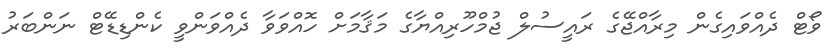
ވޯޓް ދެއްވައިގެން މިރާއްޖޭގެ ރައީސުލް ޖުމްހޫރިއްޔާގެ މަޤާމަށް ހޮއްވަވާ ދެއްވަންވީ ކެންޑިޑޭޓް ނަންބަރު